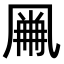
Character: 𠙘